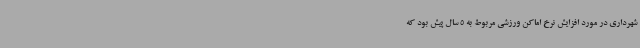
شهرداری در مورد افزایش نرخ اماکن ورزشی مربوط به 5 سال پیش بود که